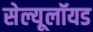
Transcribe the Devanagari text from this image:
सेल्यूलॉयड